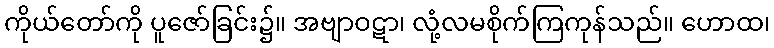
ကိုယ်တော်ကို ပူဇော်ခြင်း၌။ အဗျာဝဋာ၊ လုံ့လမစိုက်ကြကုန်သည်။ ဟောထ၊